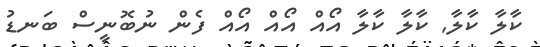
ކާލާ ކާލާ